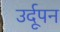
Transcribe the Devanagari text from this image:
उर्दूपन